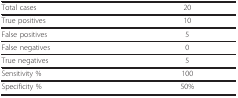
<table><thead><tr><td><b>Total cases</b></td><td><b>20</b></td></tr></thead><tbody><tr><td>True positives</td><td>10</td></tr><tr><td>False positives</td><td>5</td></tr><tr><td>False negatives</td><td>0</td></tr><tr><td>True negatives</td><td>5</td></tr><tr><td>Sensitivity %</td><td>100</td></tr><tr><td>Specificity %</td><td>50%</td></tr></tbody></table>